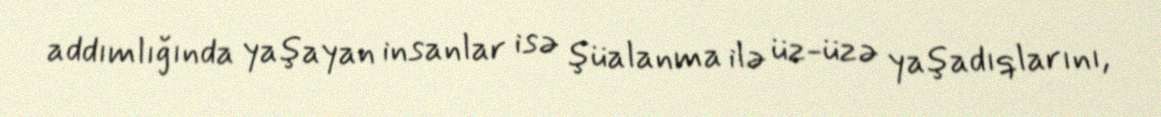
addımlığında yaşayan insanlar isə şüalanma ilə üz-üzə yaşadıqlarını,